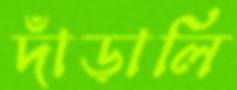
দাঁড়ালি